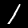
Digit: 1